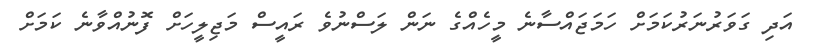
އަދި ގަވަރުނަރުކަމަށް ހަމަޖައްސާނެ މީހެއްގެ ނަން ލަސްނުވެ ރައީސް މަޖިލީހަށް ފޮނުއްވާނެ ކަމަށް